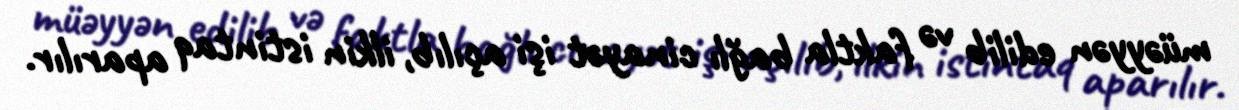
müəyyən edilib və faktla bağlı cinayət işi açılıb, ilkin istintaq aparılır.